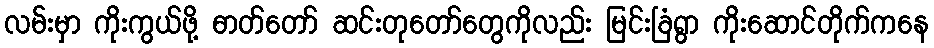
လမ်းမှာ ကိုးကွယ်ဖို့ ဓာတ်တော် ဆင်းတုတော်တွေကိုလည်း မြင်းခြံရွာ ကိုးဆောင်တိုက်ကနေ